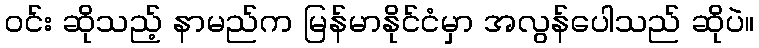
ဝင်း ဆိုသည့် နာမည်က မြန်မာနိုင်ငံမှာ အလွန်ပေါသည် ဆိုပဲ။